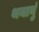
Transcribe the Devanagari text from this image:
थयानुं